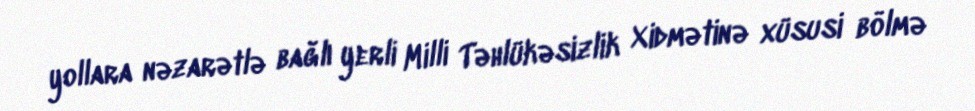
yollara nəzarətlə bağlı yerli Milli Təhlükəsizlik Xidmətinə xüsusi bölmə